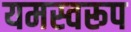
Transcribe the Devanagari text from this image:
यमस्वरूप